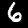
Digit: 6